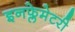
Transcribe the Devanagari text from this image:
इनफ्लेमेटरी